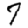
Digit: 7